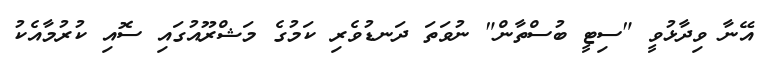
އޭނާ ވިދާޅުވީ "ސިޓީ ބުސްތާން" ނުވަތަ ދަނޑުވެރި ކަމުގެ މަޝްރޫއުގައި ސޮއި ކުރުމާއެކު